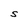
Character: S